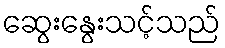
ဆွေးနွေးသင့်သည်